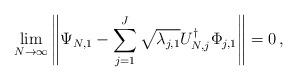
LaTeX: \begin{align*} \lim_{N\to \infty} \left\| \Psi_{N,1} - \sum_{j=1}^J \sqrt{\lambda_{j,1}} U_{N,j}^\dagger\Phi_{j,1} \right\| = 0\,,\end{align*}